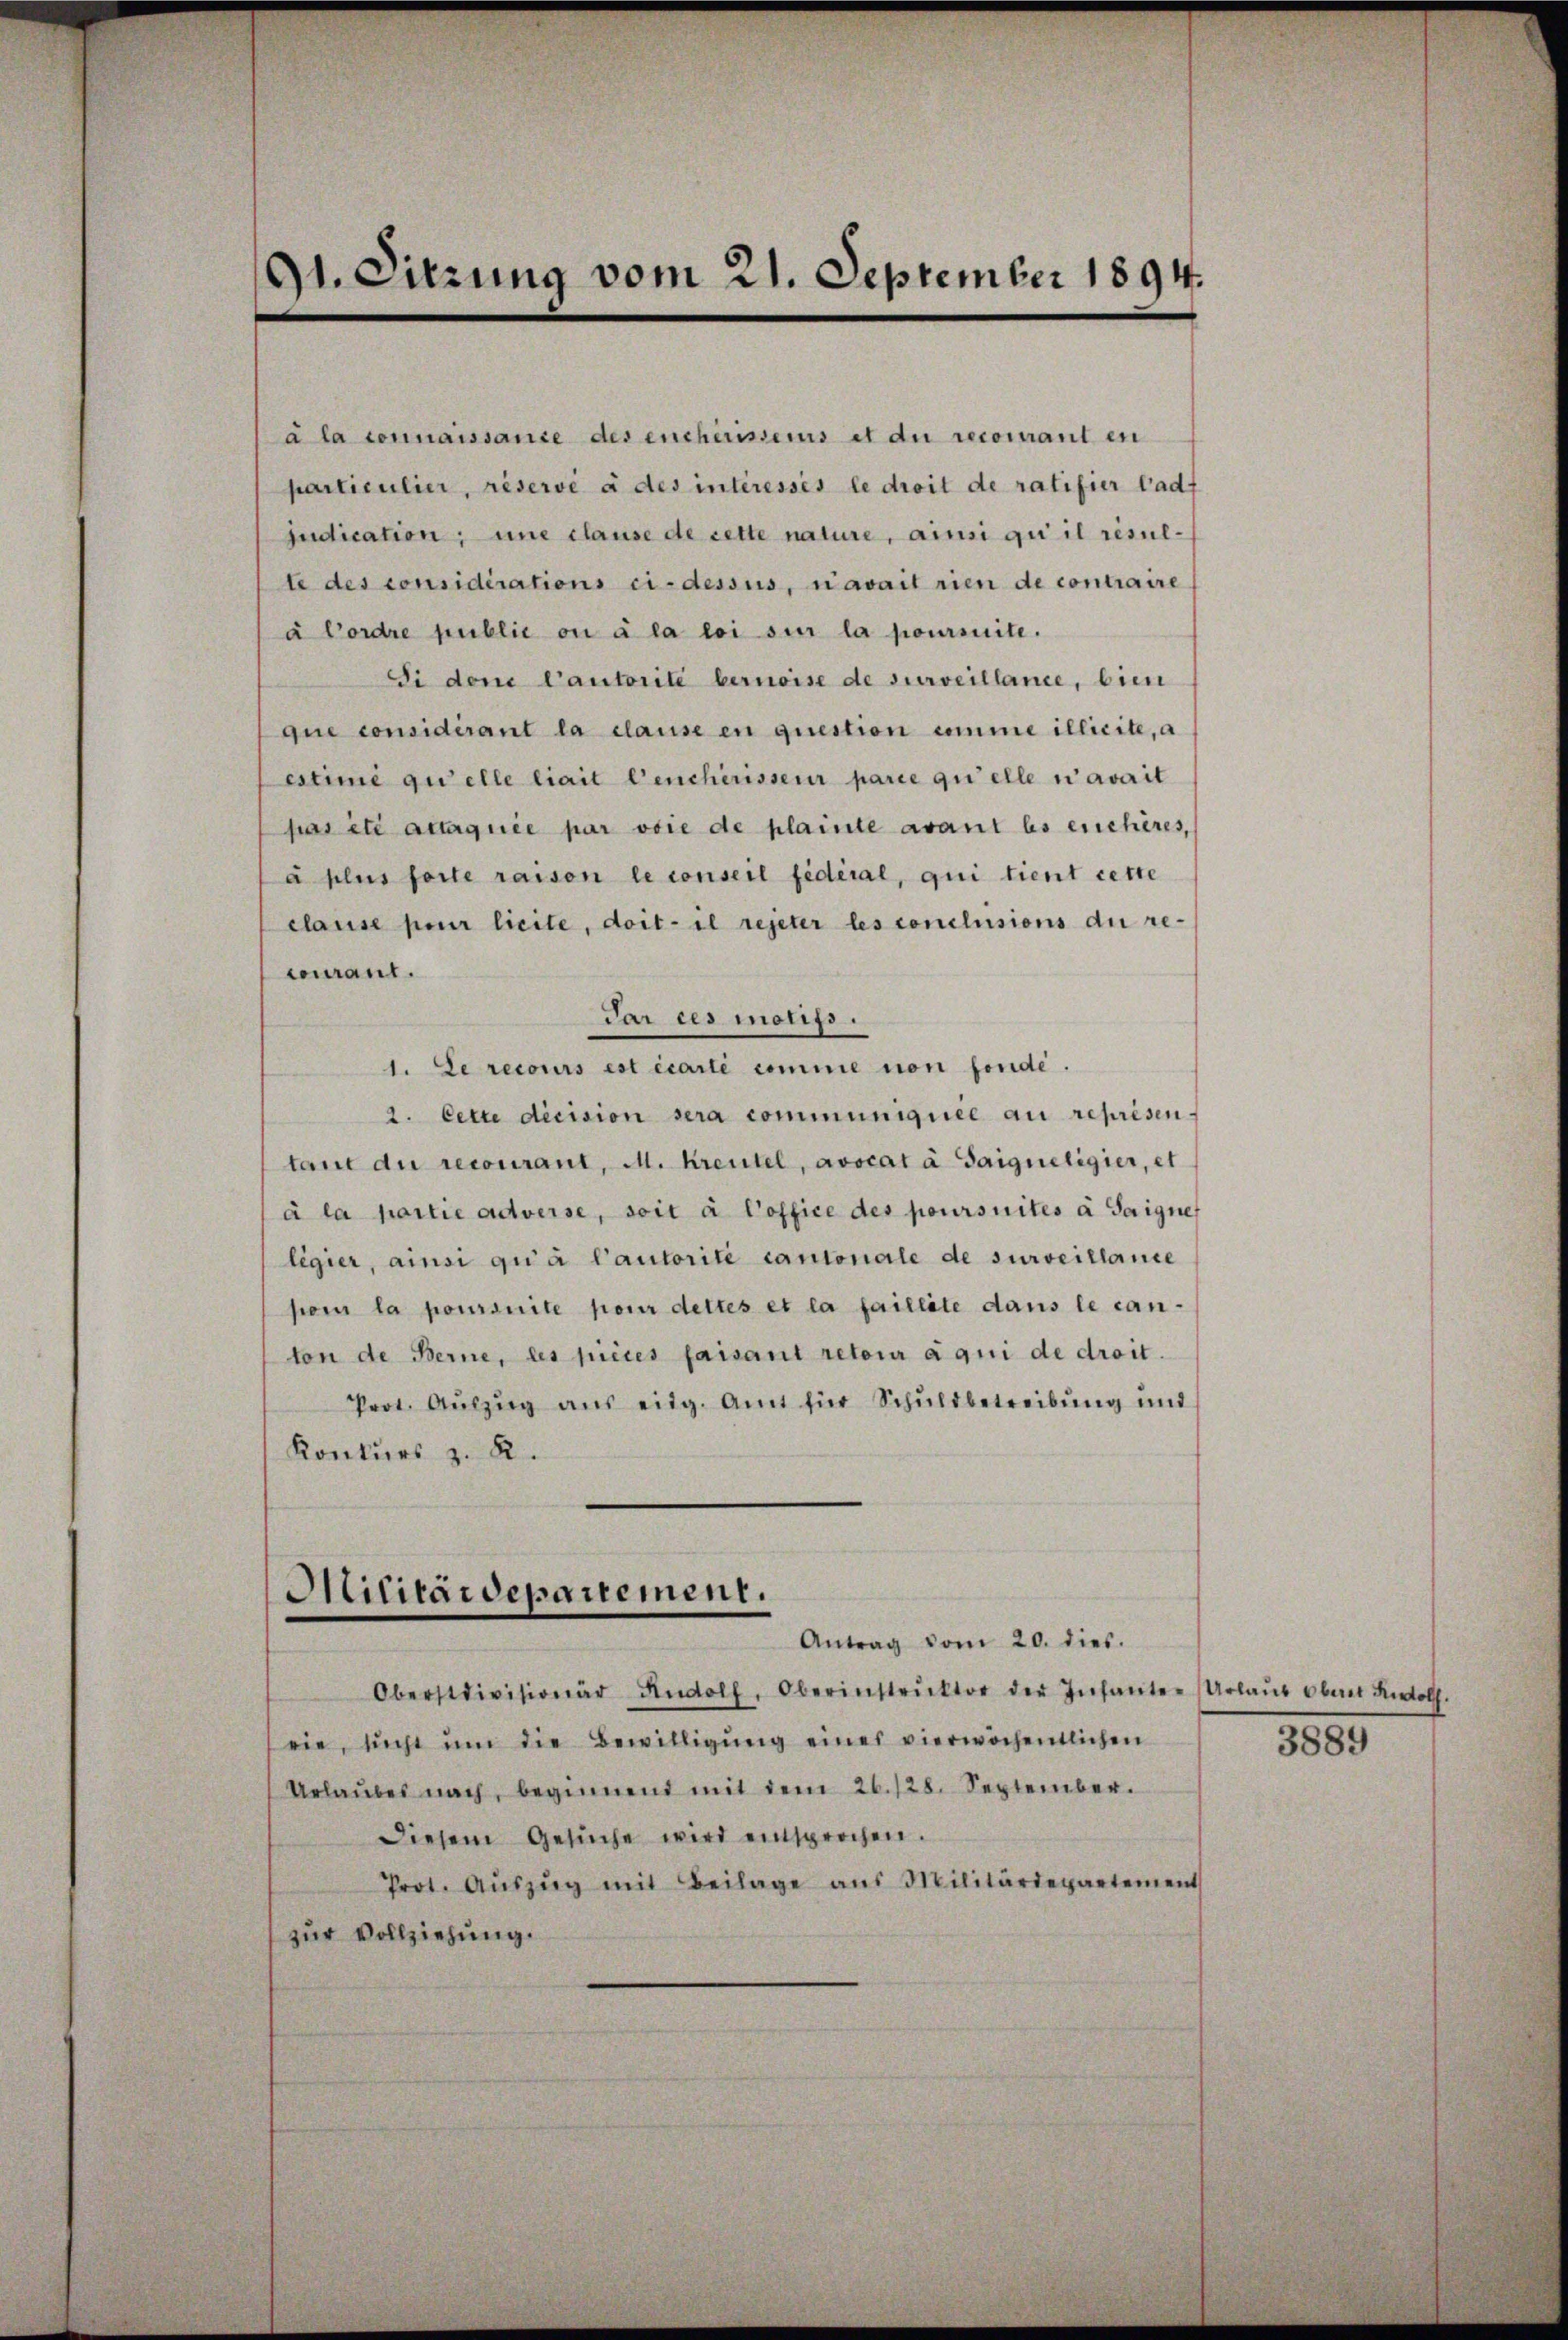
91. Sitzung vom 21. September 1894.

à la connaissance des encherissers et du recomant en
particulier, reservé à des interesses le droit de ratifier Cadf
judication, une clause de cette nature, ainsi qui il resulte des considérations ci-dessus, n’avait rien de contraire
à Cordre public ou à la loi sur la poursuite.
Si den Cautorité bernoise de surveillance, bien
que considérant la clause en question umme illicite, a
estimé quelle liait Lencherisseur parie quelle n’avait
pas été attaquée par voie de plainte avant les enchères,
à plus forte raison le conseil fédéral, qui tient cette
clause per licite, doit- il rejeter les conclusions die recourant.
Par ces motifs.
1. Le recours est écarte comme non fonde.
2. Cette dicision sera communigiiee au représen
taut der recourant, M. Kreutel, avocat à Saiqueligier, et
à la partie adverse, soit à Coffice des poursuites à Taignes
ligier, ainsi qu’à l’autorité cantonale de surveillance
por la poursuite pour dettes et la faillite dans le can-
ton de Berne, des pièces faisant retoir à qui de droit.
Prot. Aŭszŭg ans eidg. Amt für Schŭldbetreibŭng mit
Konkurs z. R.

Militärdepartement.
Antrag vom 20. dies.

Obersttivisionär Rudolf, Oberinstrŭktor der Infanter (Urlaŭb Obent Rolf.
rie, nicht ŭm die Bewilligung eines vierwöchentlichen
Urlaŭbes nach beginnend mit dem 26./28. September.
Diesem Gesŭche wird entsprochen.
Prot. Aŭszŭg mit Beilage aus Militärdepartement
zur Vollziehung.

3889